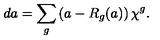
d a = \sum _ { g } \left( a - R _ { g } ( a ) \right) \chi ^ { g } .